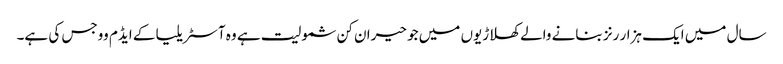
سال میں ایک ہزار رنز بنانے والے کھلاڑیوں میں جو حیران کن شمولیت ہے وہ آسٹریلیا کے ایڈم ووجس کی ہے۔